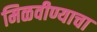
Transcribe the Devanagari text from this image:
मिळवीण्याचा